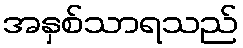
အနှစ်သာရသည်